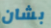
بشان